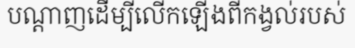
បណ្តាញដើម្បីលើកឡើងពីកង្វល់របស់